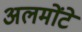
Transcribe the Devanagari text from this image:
अलमोंटे